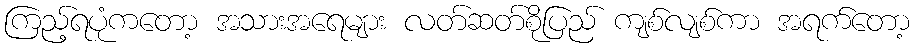
ကြည့်ရပုံကတော့ အသားအရေများ လတ်ဆတ်စိုပြည် ကျစ်လျစ်ကာ အရက်တော့